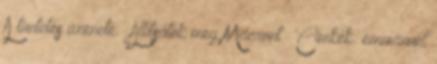
A tüntetés üzenete: „Állítsátok meg Macront ” Címkék: emmanuel